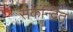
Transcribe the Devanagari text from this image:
सकेन्द्रित